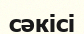
сәкісі